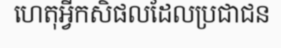
ហេតុអ្វីកសិផលដែលប្រជាជន